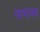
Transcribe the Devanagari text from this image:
पापक